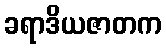
ခရာဒိယဇာတက